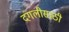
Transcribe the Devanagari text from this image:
दंगलीसाठी